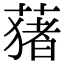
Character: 蕏